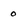
Character: o